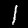
Digit: 1